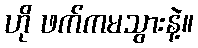
ဟို ဖက်ကမသွားနဲ့။